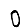
Digit: 0